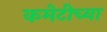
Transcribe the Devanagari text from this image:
कमेटीच्या